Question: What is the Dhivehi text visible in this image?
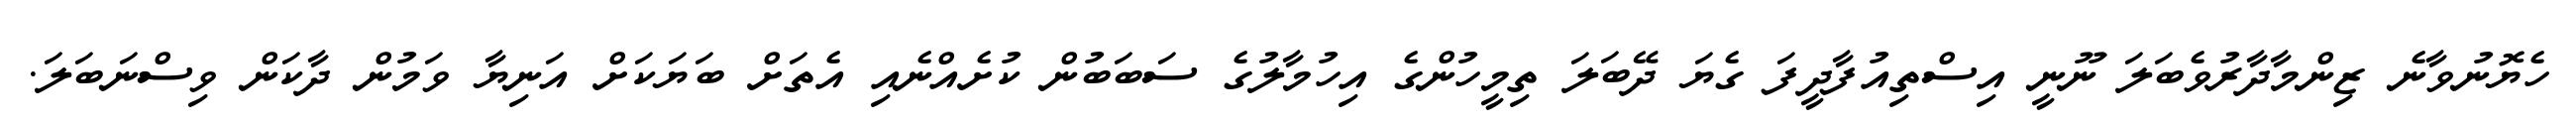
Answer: ހެޔޮނުވާނެ ޒިންމާދާރުވެބަލަ ނޫނީ އިސްތިއުފާދީފަ ގެޔަ ދޭބަލަ ތިމީހުންގެ އިހުމާލުގެ ސަބަބުން ކުށެއްނެއި އެތަށް ބަޔަކަށް އަނިޔާ ވަމުން ދާކަން ވިސްނަބަލަ.